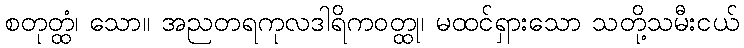
စတုတ္ထံ၊ သော။ အညတရကုလဒါရိကဝတ္ထု၊ မထင်ရှားသော သတို့သမီးငယ်